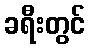
ခရီးတွင်